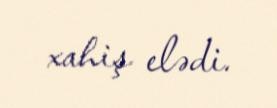
xahiş elədi.